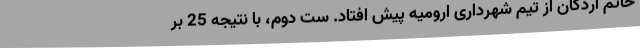
خاتم اردکان از تیم شهرداری ارومیه پیش افتاد. ست دوم، با نتیجه 25 بر